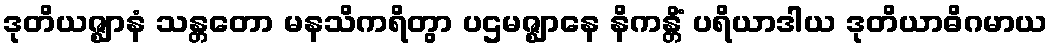
ဒုတိယဇ္ဈာနံ သန္တတော မနသိကရိတွာ ပဌမဇ္ဈာနေ နိကန္တိံ ပရိယာဒါယ ဒုတိယာဓိဂမာယ